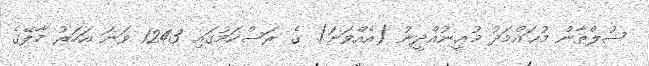
ސުލްޠާން މުޙައްމަދު މުޢީނުއްދީނު (އެއްވަނަ) ގެ ރަސްކަމުގައި 1243 ވަނަ އަހަރު މާލޭގެ